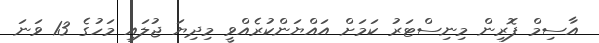
އާސިމް ފޮރިން މިނިސްޓަރު ކަމަށް އައްޔަންކުރެއްވީ މިދިޔަ ޖުލައި މަހުގެ 13 ވަނަ